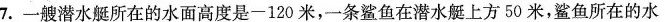
7.一艘潜水艇所在的水面高度是-120米，一条鲨鱼在潜水艇上方50米，鲨鱼所在的水